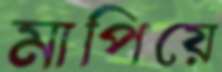
মাপিয়ে